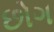
છોગ